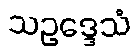
သဥဒ္ဒေသံ